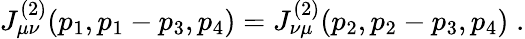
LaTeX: J_{\mu\nu}^{(2)}(p_{1},p_{1}-p_{3},p_{4})=J_{\nu\mu}^{(2)}(p_{2},p_{2}-p_{3},p_{4})\; .